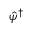
\hat { \psi } ^ { \dagger }